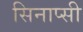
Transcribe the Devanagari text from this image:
सिनाप्सी